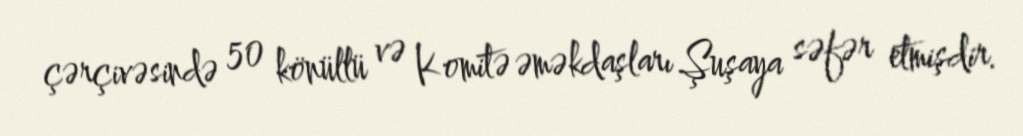
çərçivəsində 50 könüllü və Komitə əməkdaşları Şuşaya səfər etmişdir.